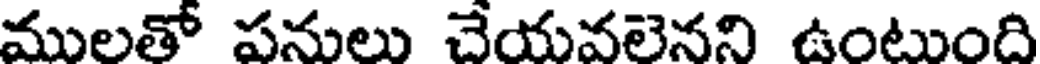
ములతో పనులు చేయవలెనని ఉంటుంది